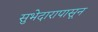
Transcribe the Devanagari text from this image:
सुभेदारापासून